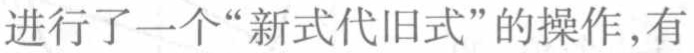
进行了一个“新式代旧式”的操作,有